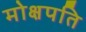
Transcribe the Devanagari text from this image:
मोक्षपति